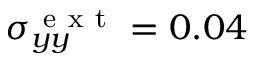
\sigma _ { y y } ^ { \mathrm { ~ e ~ x ~ t ~ } } = 0 . 0 4